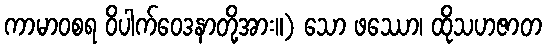
ကာမာဝစရ ဝိပါက်ဝေဒနာတို့အား။) သော ဖဿော၊ ထိုသဟဇာတ